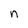
Character: n